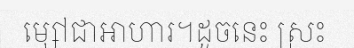
ម្សៅជាអាហារ។ដូចនេះ ស្រះ